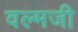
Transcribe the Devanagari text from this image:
वल्मजी